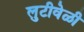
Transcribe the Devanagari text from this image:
लुटीवेळी